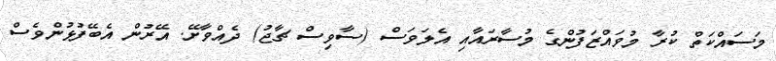
މަސައްކަތް ކުރާ މުވައްޒަފުންގެ މުސާރައާއި އެލަވަސް (ސާވިސް ޗާޖު) ދެއްވާށޭ. އޭރުން އެބޭފުޅުންވެސް